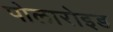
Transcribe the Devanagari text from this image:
पोलारोइड